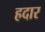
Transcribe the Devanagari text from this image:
हदार